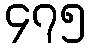
၄၇၅